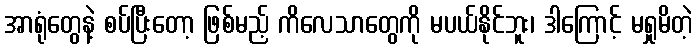
အာရုံတွေနဲ့ စပ်ပြီးတော့ ဖြစ်မည့် ကိလေသာတွေကို မပယ်နိုင်ဘူး၊ ဒါကြောင့် မရှုမိတဲ့